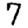
Digit: 7